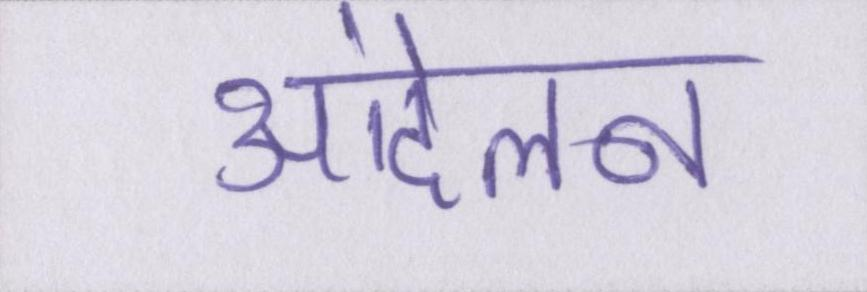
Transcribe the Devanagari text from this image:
आंदेलन